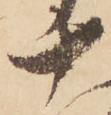
十